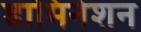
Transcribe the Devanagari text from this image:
डामिनेशन